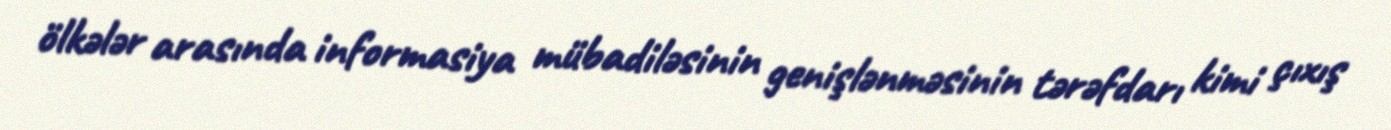
ölkələr arasında informasiya mübadiləsinin genişlənməsinin tərəfdarı kimi çıxış